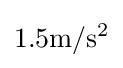
1.5{\text{m}}/{\text{s}}^{2}